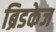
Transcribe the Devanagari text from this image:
ब्रिडकेज